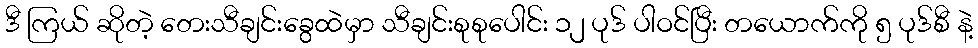
ဒီ ကြယ် ဆိုတဲ့ တေးသီချင်းခွေထဲမှာ သီချင်းစုစုပေါင်း ၁၂ ပုဒ် ပါဝင်ပြီး တယောက်ကို ၅ ပုဒ်စီ နဲ့